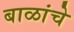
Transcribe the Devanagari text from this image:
बाळांचे